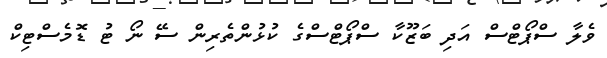
ވެލާ ސްޕޯޓްސް އަދި ބަޒޫކާ ސްޕޯޓްސްގެ ކުޅުންތެރިން ސޭ ނޯ ޓު ޑޮމެސްޓިކް